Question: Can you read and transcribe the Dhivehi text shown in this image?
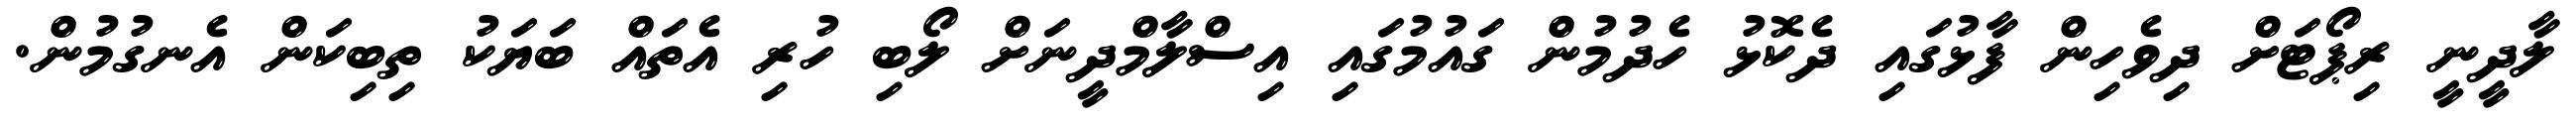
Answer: ލާދީނީ ރިޕޯޓަށް ދިވެހިން ފާޅުގައި ދެކޮޅު ހެދުމުން ގައުމުގައި އިސްލާމްދީނަށް ލޯބި ހުރި އެތައް ބަޔަކު ތިބިކަން އެނގުމުން.